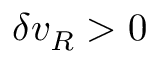
\delta { v _ { R } } > 0